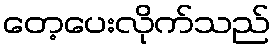
တေ့ပေးလိုက်သည်